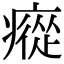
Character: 瘲